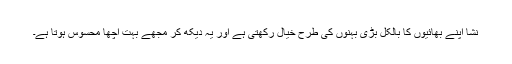
نشا اپنے بھائیوں کا بالکل بڑی بہنوں کی طرح خیال رکھتی ہے اور یہ دیکھ کر مجھے بہت اچھا محسوس ہوتا ہے۔